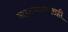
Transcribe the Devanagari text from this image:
नाट्यगृहासही